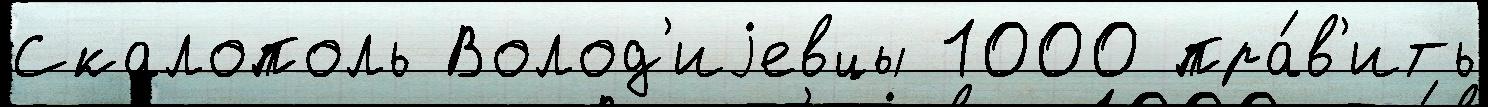
Скалополь Волод'иjевцы 1000 пра́в'ить